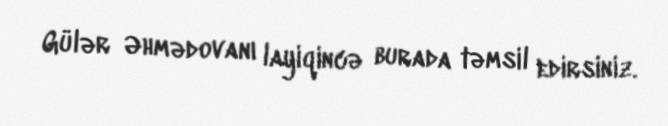
Gülər Əhmədovanı layiqincə burada təmsil edirsiniz.